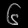
Digit: ၆